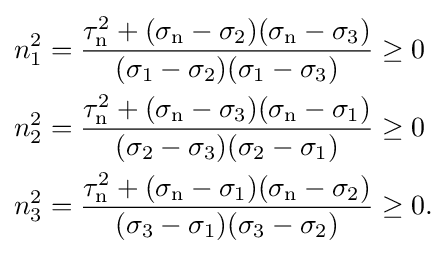
{\begin{aligned}n_{1}^{2}&={\frac {\tau _{\mathrm {n} }^{2}+(\sigma _{\mathrm {n} }-\sigma _{2})(\sigma _{\mathrm {n} }-\sigma _{3})}{(\sigma _{1}-\sigma _{2})(\sigma _{1}-\sigma _{3})}}\geq 0\\n_{2}^{2}&={\frac {\tau _{\mathrm {n} }^{2}+(\sigma _{\mathrm {n} }-\sigma _{3})(\sigma _{\mathrm {n} }-\sigma _{1})}{(\sigma _{2}-\sigma _{3})(\sigma _{2}-\sigma _{1})}}\geq 0\\n_{3}^{2}&={\frac {\tau _{\mathrm {n} }^{2}+(\sigma _{\mathrm {n} }-\sigma _{1})(\sigma _{\mathrm {n} }-\sigma _{2})}{(\sigma _{3}-\sigma _{1})(\sigma _{3}-\sigma _{2})}}\geq 0.\end{aligned}}